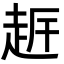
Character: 𧻀